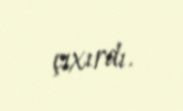
çıxırdı.